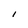
Character: I